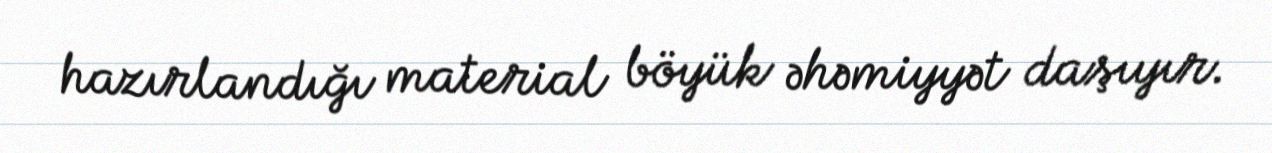
hazırlandığı material böyük əhəmiyyət daşıyır.